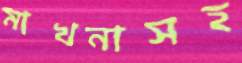
মাখনাসহ